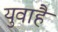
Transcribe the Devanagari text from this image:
युवाहै